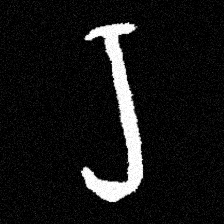
Pyu character \u2014 Myanmar letter: ရ (romanized: ra)